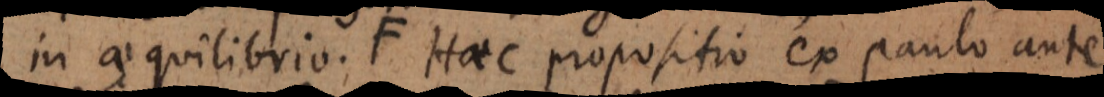
in aequilibrio; Haec propositio ex paulo ante